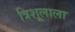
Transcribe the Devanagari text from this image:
त्रिशूलाला